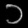
Digit: ၁